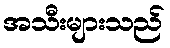
အသီးများသည်